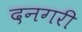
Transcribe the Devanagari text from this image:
दनगरी